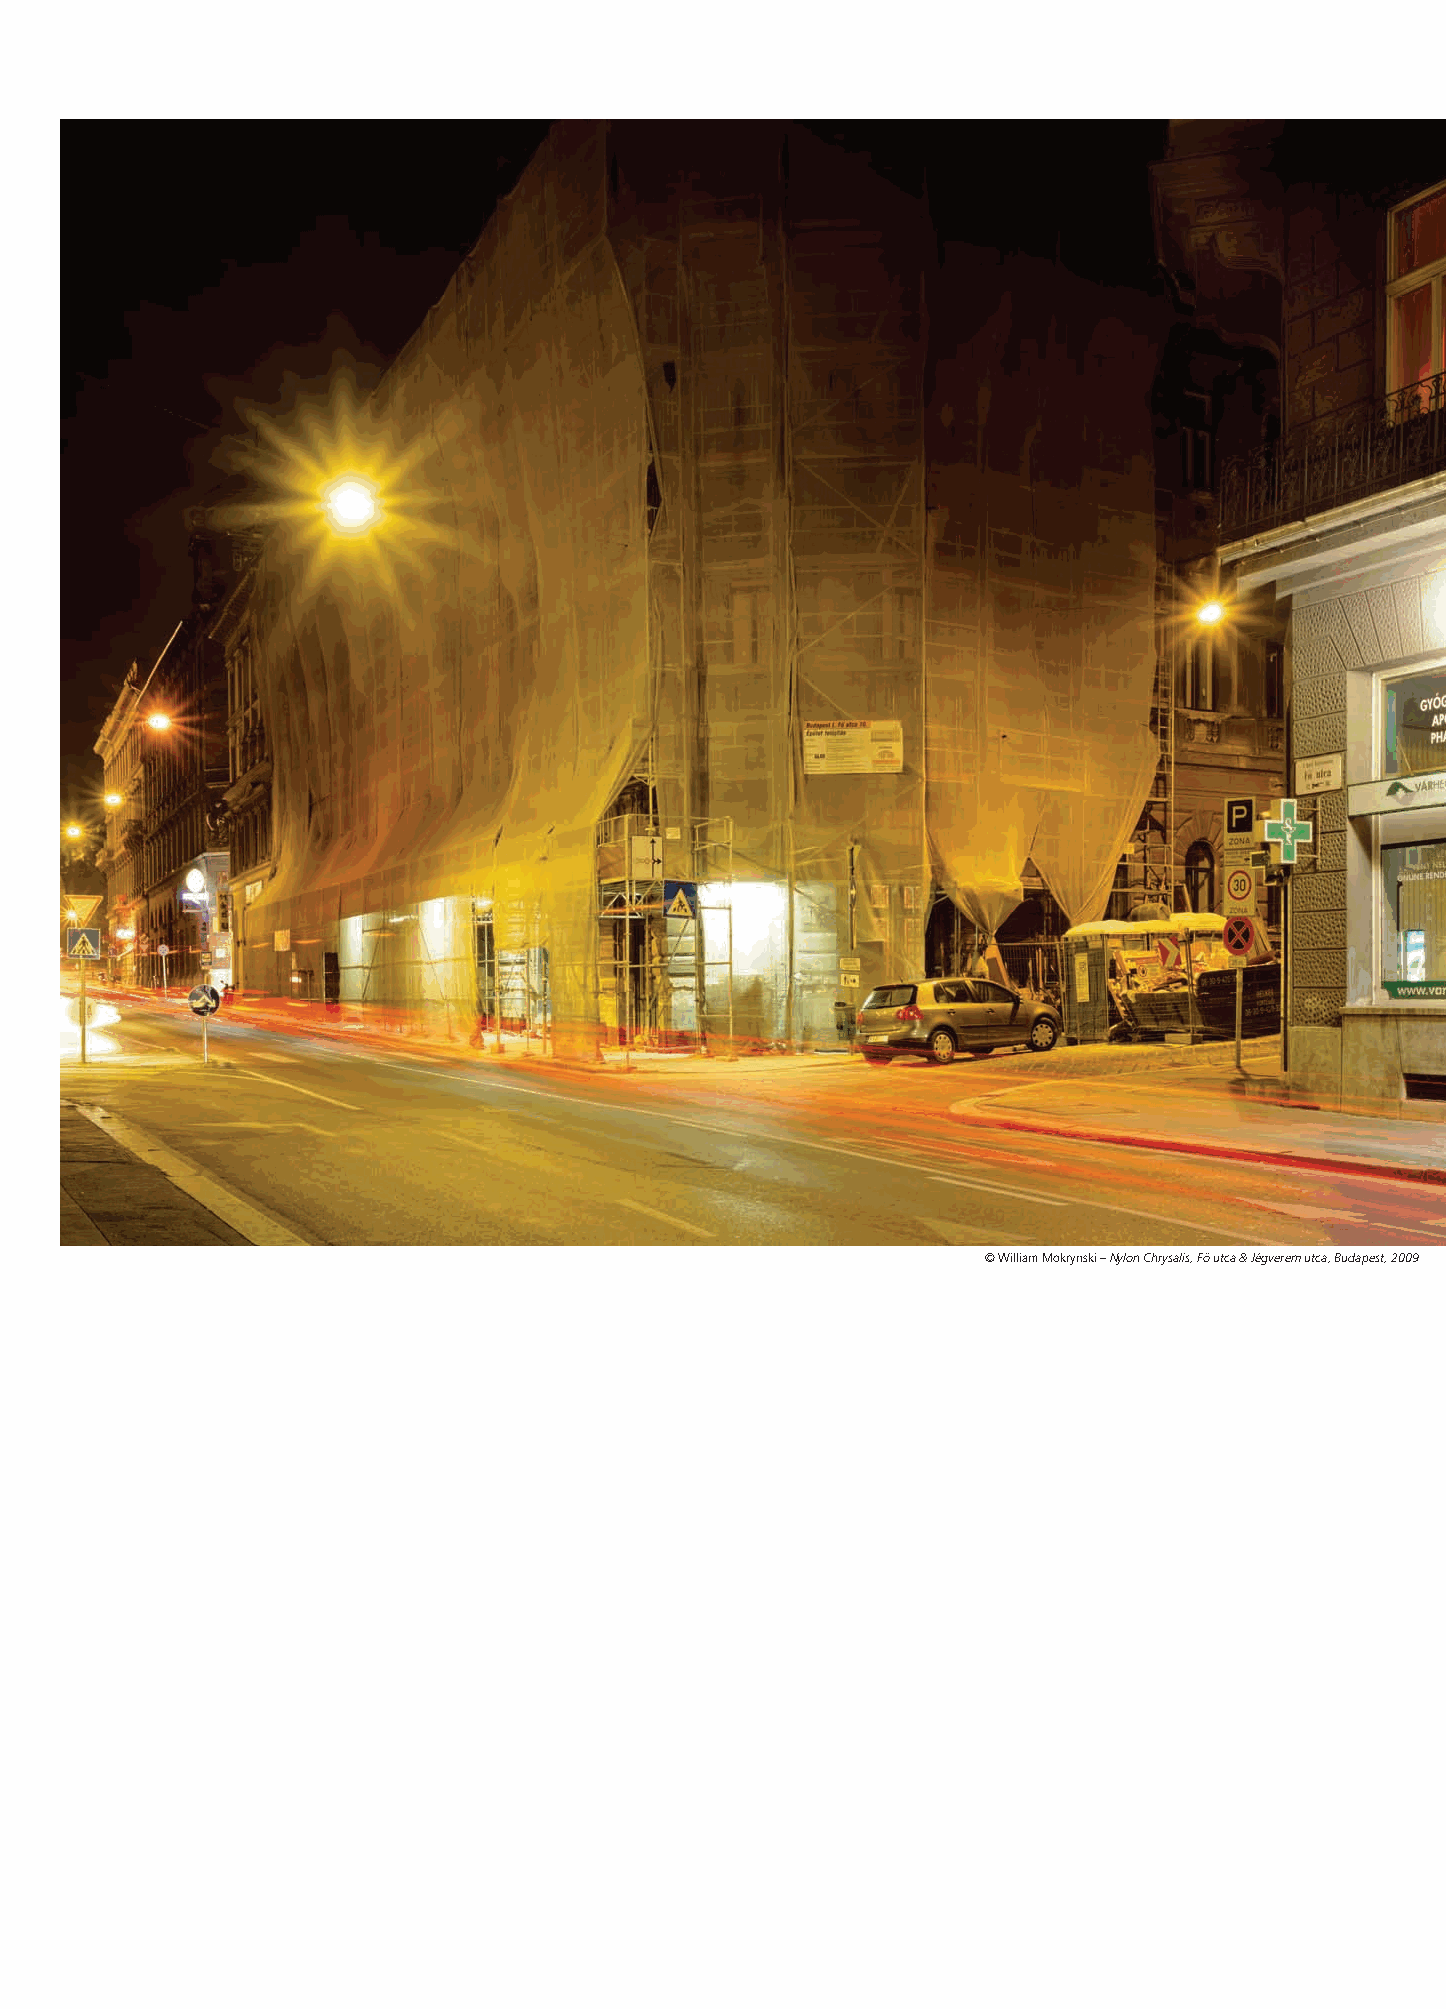
© William Mokrynski – Nylon Chrysalis, Fö utca & Jégverem utca, Budapest, 2009
 300405_080-087_William_Mokrynski.indd 85                                                 10-11-10 9:53